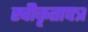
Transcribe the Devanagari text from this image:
स्वीकृतापत्र